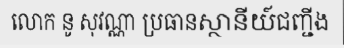
លោក នូ សុវណ្ណា ប្រធានស្ថានីយ៍ជញ្ជីង